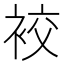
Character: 䘨